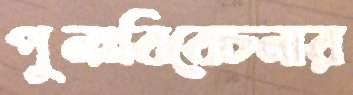
পুনঃবিবেচনার